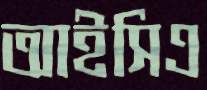
আইসিএ